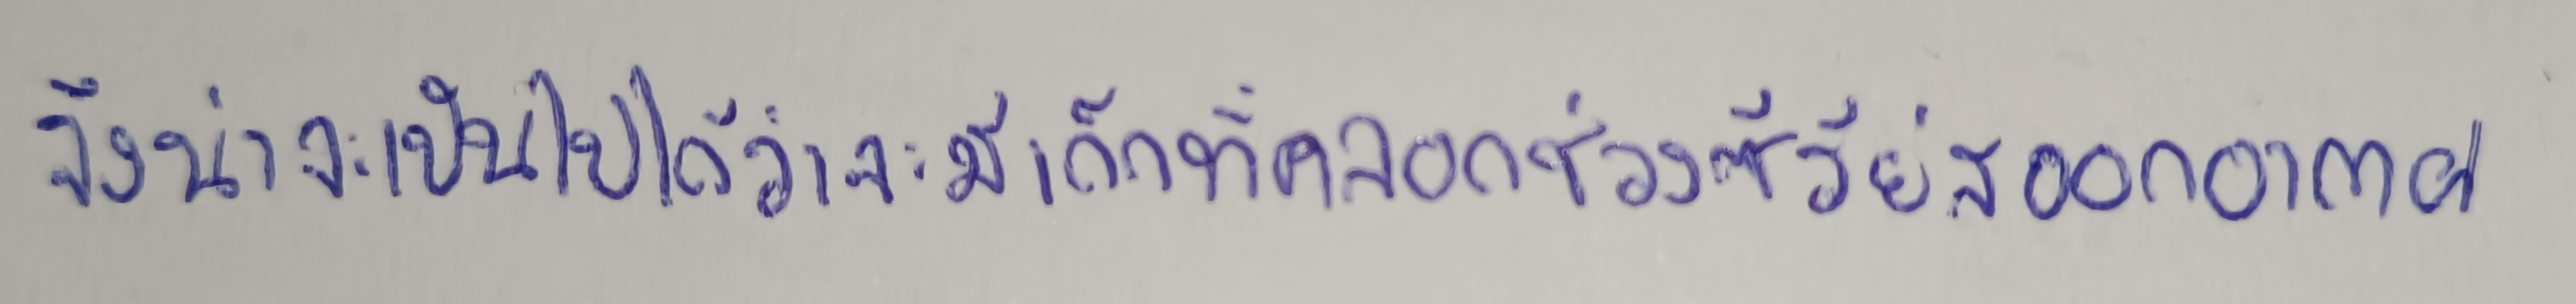
จึงน่าจะเป็นไปได้ว่าจะมีเด็กที่คลอดช่วงซีรีย์สออกอากาศ